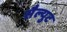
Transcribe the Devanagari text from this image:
सैल्युट